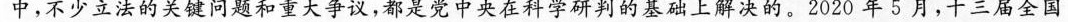
中，不少立法的关键问题和重大争议，都是党中央在科学研判的基础上解决的。2020年5月，十三届全国